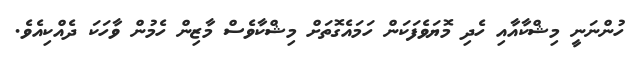
ހުންނަނީ މިޝްކާއާއި ހެދި މޮޔަވެފަކަން ހަމައެގޮތަށް މިޝްކާވެސް މާޒިން ހެމުން ވާހަކަ ދެއްކިއެވެ.